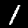
Digit: 1